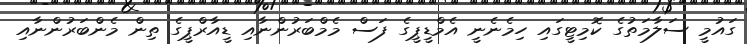
ގައުމީ ސަލާމަތުގެ ކޮމިޓީގައި ހިމެނެނީ އެމްޑީޕީގެ ފަސް މެމްބަރުންނާއި ޑީއާރްޕީގެ ތިން މެންބަރުންނާއި